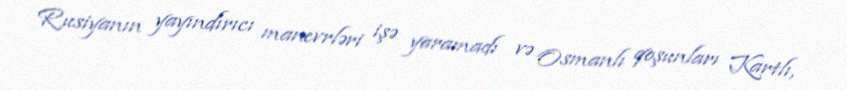
Rusiyanın yayındırıcı manevrləri işə yaramadı və Osmanlı qoşunları Kartlı,